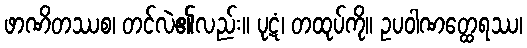
ဖာဏိတဿစ၊ တင်လဲ၏လည်း။ ပုဋံ၊ တထုပ်ကို။ ဥပဝါဏတ္ထေရဿ၊